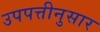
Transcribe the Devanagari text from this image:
उपपत्तीनुसार